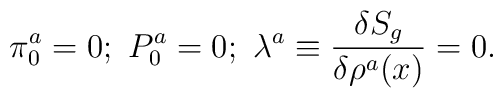
\pi _0^a=0;\ P_0^a=0;\ \lambda ^a\equiv \frac{\delta S_g}{\delta\rho ^a(x)}=0.